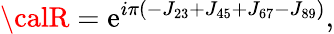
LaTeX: {\calR}=\mathrm{e}^{i\pi\left(-J_{23}+J_{45}+J_{67}-J_{89}\right)},